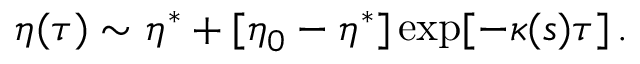
\eta ( \tau ) \sim \eta ^ { \ast } + [ \eta _ { 0 } - \eta ^ { \ast } ] \exp [ - \kappa ( s ) \tau ] \, .